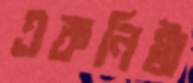
একনিষ্ঠা